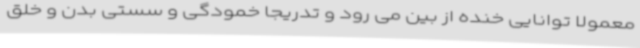
معمولا توانایی خنده از بین می رود و تدریجا خمودگی و سستی بدن و خلق